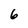
Character: 6